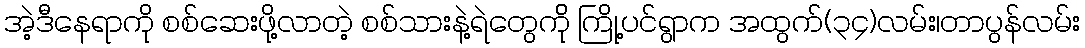
အဲ့ဒီနေရာကို စစ်ဆေးဖို့လာတဲ့ စစ်သားနဲ့ရဲတွေက်ို ကြို့ပင်ရွာက အထွက်(၃၄)လမ်း၊တာပွန်လမ်း